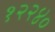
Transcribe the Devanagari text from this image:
१२२४०